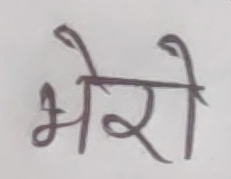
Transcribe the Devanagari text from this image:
भेरो